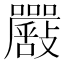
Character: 𡅴